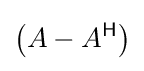
\left(A-A^{\mathsf {H}}\right)